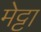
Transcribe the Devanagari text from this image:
मेट्टा